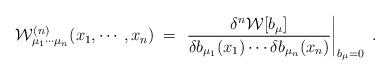
LaTeX: \begin{align*} {\mathcal W}^{(n)}_{\mu_1\cdots\mu_n}(x_1,\cdots,x_n)\;=\; \left. \frac{\delta^n{\mathcal W}[b_\mu]}{\delta b_{\mu_1}(x_1) \cdots \delta b_{\mu_n}(x_n)}\right|_{b_\mu = 0} \;.\end{align*}